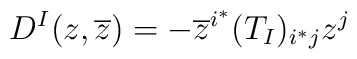
D^I(z,\overline z)=-\overline z^{i^*}(T_I)_{i^*j}z^j